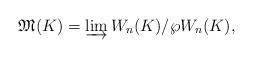
LaTeX: \begin{align*}\mathfrak{M}(K)=\varinjlim W_n(K)/\wp W_n(K),\end{align*}